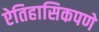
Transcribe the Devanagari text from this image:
ऐतिहासिकपणे